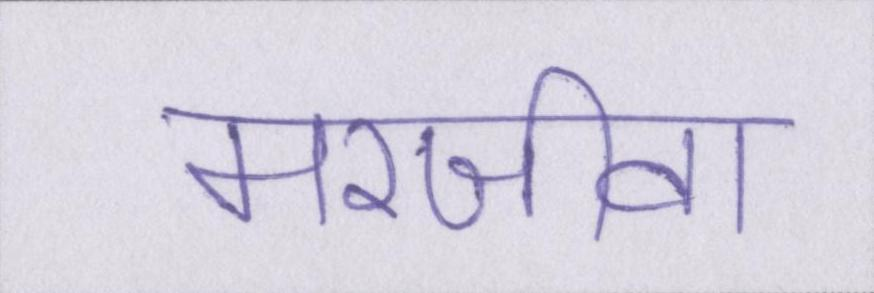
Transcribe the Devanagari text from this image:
मरजीवा